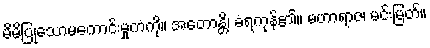
မိမိပြုသောမကောင်းမှုကံကို။ အတောန္တိ၊ ခံရကုန်၏။ မဟာရာဇ၊ မင်းမြတ်။